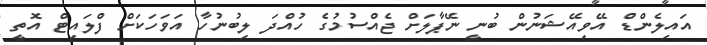
އައިލެންޑް އޭވިއޭޝަނުން ބުނީ ނޭޕާލަށް ޖެއްސުމުގެ ހުއްދަ ލިބުނުހާ އަވަހަކަށް ފްލައިޓް އޮތީ